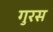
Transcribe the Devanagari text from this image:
गुरस